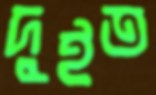
দুইত